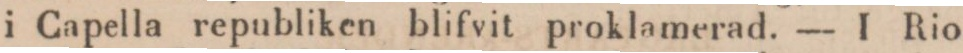
i Capella republiken blifvit proklamerad. — I Rio